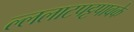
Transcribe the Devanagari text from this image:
ल्ललाटपट्टपावके